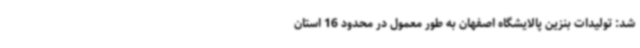
شد: تولیدات بنزین پالایشگاه اصفهان به طور معمول در محدود 16 استان